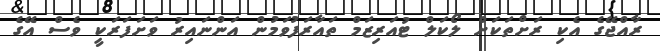
ރާއްޖޭގެ އެކި ރަށްތަކަށް ލޯކަލް ޓުއަރިޒަމް ތައާރަފުވަމުން އަންނައިރު ވަށަފަރަކީ ވެސް އޭގެ